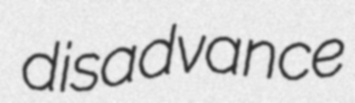
disadvance